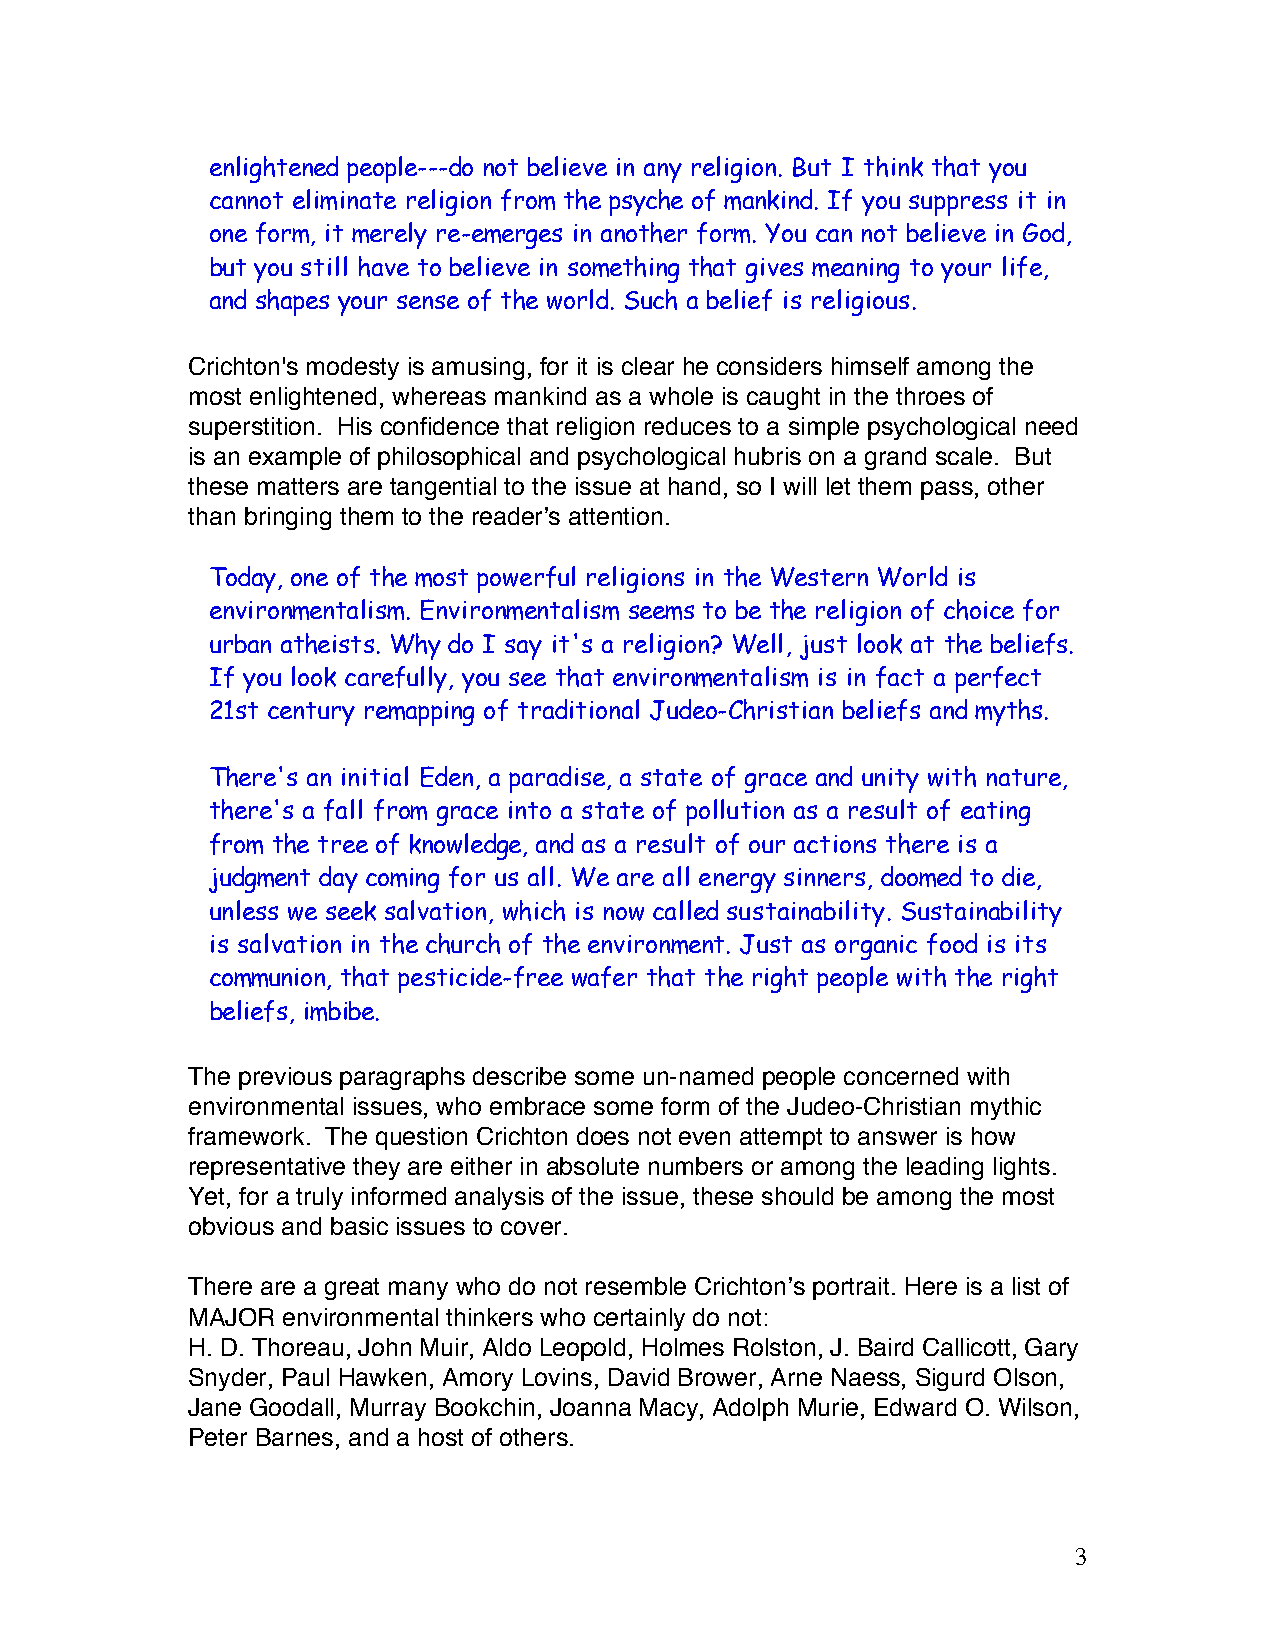
enlightened people---do not believe in any religion. But I think that you
 cannot eliminate religion from the psyche of mankind. If you suppress it in
 one form, it merely re-emerges in another form. You can not believe in God,
 but you still have to believe in something that gives meaning to your life,
 and shapes your sense of the world. Such a belief is religious.
 Crichton's modesty is amusing, for it is clear he considers himself among the
 most enlightened, whereas mankind as a whole is caught in the throes of
 superstition. His confidence that religion reduces to a simple psychological need
 is an example of philosophical and psychological hubris on a grand scale. But
 these matters are tangential to the issue at hand, so I will let them pass, other
 than bringing them to the readerʼs attention.
 Today, one of the most powerful religions in the Western World is
 environmentalism. Environmentalism seems to be the religion of choice for
 urban atheists. Why do I say it's a religion? Well, just look at the beliefs.
 If you look carefully, you see that environmentalism is in fact a perfect
 21st century remapping of traditional Judeo-Christian beliefs and myths.
 There's an initial Eden, a paradise, a state of grace and unity with nature,
 there's a fall from grace into a state of pollution as a result of eating
 from the tree of knowledge, and as a result of our actions there is a
 judgment day coming for us all. We are all energy sinners, doomed to die,
 unless we seek salvation, which is now called sustainability. Sustainability
 is salvation in the church of the environment. Just as organic food is its
 communion, that pesticide-free wafer that the right people with the right
 beliefs, imbibe.
 The previous paragraphs describe some un-named people concerned with
 environmental issues, who embrace some form of the Judeo-Christian mythic
 framework. The question Crichton does not even attempt to answer is how
 representative they are either in absolute numbers or among the leading lights.
 Yet, for a truly informed analysis of the issue, these should be among the most
 obvious and basic issues to cover.
 There are a great many who do not resemble Crichtonʼs portrait. Here is a list of
 MAJOR  environmental thinkers who certainly do not:
 H. D. Thoreau, John Muir, Aldo Leopold, Holmes Rolston, J. Baird Callicott, Gary
 Snyder, Paul Hawken, Amory Lovins, David Brower, Arne Naess, Sigurd Olson,
 Jane Goodall, Murray Bookchin, Joanna Macy, Adolph Murie, Edward O. Wilson,
 Peter Barnes, and a host of others.
 3